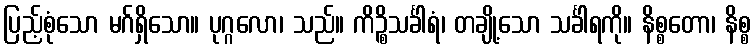
ပြည့်စုံသော မဂ်ရှိသော။ ပုဂ္ဂလော၊ သည်။ ကိဉ္စိသင်္ခါရံ၊ တချို့သော သင်္ခါရကို။ နိစ္စတော၊ နိစ္စ